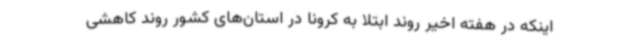
اینکه در هفته اخیر روند ابتلا به کرونا در استان‌های کشور روند کاهشی